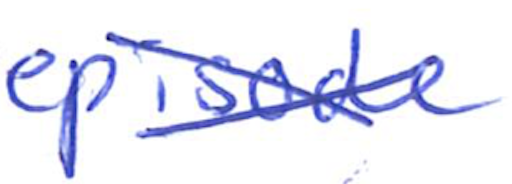
Text: episode
Cross-out: cross
Writing tool: ballpoint